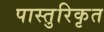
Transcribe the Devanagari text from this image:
पास्तुरिकृत